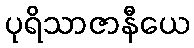
ပုရိသာဇာနီယေ